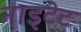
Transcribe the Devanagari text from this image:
नाइटेट